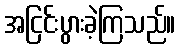
အငြင်းပွားခဲ့ကြသည်။